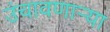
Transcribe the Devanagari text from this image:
उंचावणार्‍या